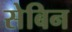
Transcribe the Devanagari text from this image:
सेबिन